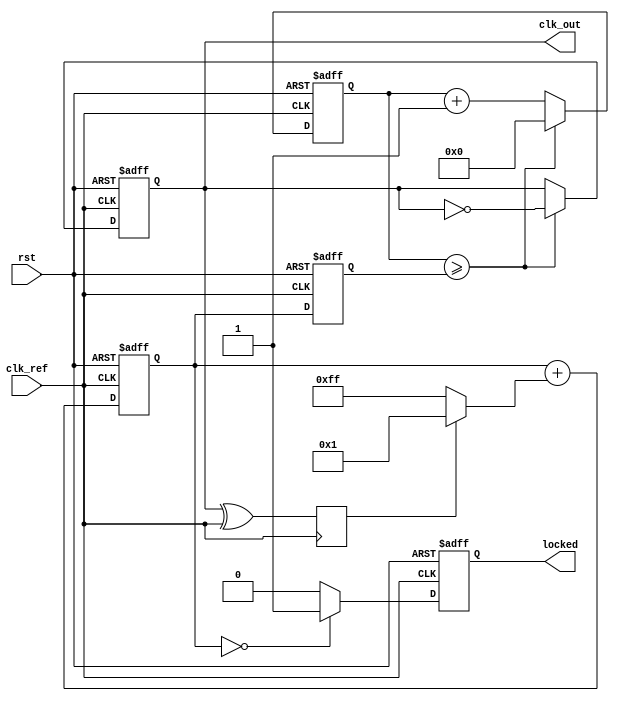
module type2_PLL (
    input wire clk_ref,         // Reference clock input
    input wire rst,             // Asynchronous reset
    output reg clk_out,         // Output clock
    output reg locked           // Lock status
);

    // Phase detector signals
    reg phase_error;            // Phase error signal

    // Loop filter signals
    reg [7:0] loop_filter_out;  // Output of the loop filter (control voltage)
    
    // VCO parameters
    reg [7:0] vco_freq;         // VCO frequency control
    reg [7:0] vco_counter;      // VCO counter

    // Feedback divider
    reg [3:0] feedback_divider; // Feedback divider (for frequency division)

    // VCO output
    always @(posedge clk_ref or posedge rst) begin
        if (rst) begin
            vco_counter <= 0;
            clk_out <= 0;
        end else begin
            vco_counter <= vco_counter + 1;
            if (vco_counter >= vco_freq) begin
                clk_out <= ~clk_out; // Toggle output clock
                vco_counter <= 0;     // Reset counter
            end
        end
    end

    // Phase Detector
    always @(posedge clk_ref) begin
        // Simple phase error detection (for demonstration purposes)
        // In a real implementation, this would compare the reference clock with feedback
        phase_error <= clk_out ^ clk_ref; // XOR operation for phase error
    end

    // Loop Filter (First-order filter)
    always @(posedge clk_ref or posedge rst) begin
        if (rst) begin
            loop_filter_out <= 0;
        end else begin
            // Simple low-pass filter
            loop_filter_out <= loop_filter_out + (phase_error ? 1 : -1); 
        end
    end

    // VCO Control
    always @(posedge clk_ref or posedge rst) begin
        if (rst) begin
            vco_freq <= 8'd100; // Initial frequency setting
            locked <= 0;
        end else begin
            // Adjust VCO frequency based on loop filter output
            vco_freq <= loop_filter_out;
            
            // Check if locked (for demonstration)
            // A more robust locking mechanism would be implemented in practice
            if (loop_filter_out == 0)
                locked <= 1;
            else
                locked <= 0;
        end
    end

    // Feedback Divider (for demonstration, divide by 4)
    always @(posedge clk_out) begin
        if (feedback_divider == 4'd3) begin
            feedback_divider <= 0; // Reset divider
        end else begin
            feedback_divider <= feedback_divider + 1;
        end
    end

endmodule